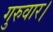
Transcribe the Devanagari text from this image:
गुरुवार।